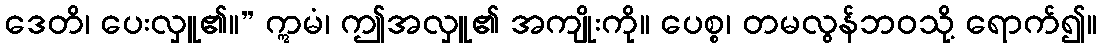
ဒေတိ၊ ပေးလှူ၏။” ဣမံ၊ ဤအလှူ၏ အကျိုးကို။ ပေစ္စ၊ တမလွန်ဘဝသို့ ရောက်၍။